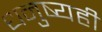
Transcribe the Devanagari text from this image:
धनुष्यही